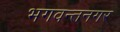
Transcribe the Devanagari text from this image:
भगवन्तनगर